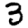
Digit: 3